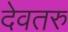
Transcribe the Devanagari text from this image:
देवतरु